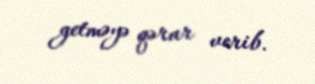
getməyə qərar verib.